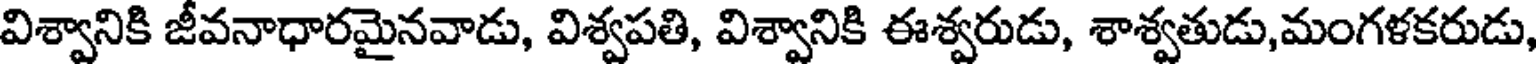
విశ్వానికి జీవనాధారమైనవాడు, విశ్వపతి, విశ్వానికి ఈశ్వరుడు, శాశ్వతుడు,మంగళకరుడు,